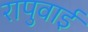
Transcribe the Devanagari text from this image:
रापुवाई